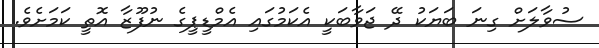
ސުވާލަށް ގިނަ ބަޔަކު ދޭ ޖަވާބަކީ އެކަމުގައި އެމްޑީޕީގެ ނުފޫޒާ އޮތީ ކަމަށެވެ.